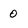
Character: 0